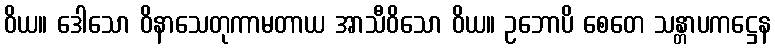
ဝိယ။ ဒေါသော ဝိနာသေတုကာမတာယ အာသီဝိသော ဝိယ။ ဥဘောပိ စေတေ သန္တာပကဋ္ဌေန